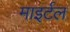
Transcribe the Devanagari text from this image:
माइर्टल